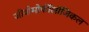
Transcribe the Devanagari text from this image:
जीवोमोर्फीलॉजिकल